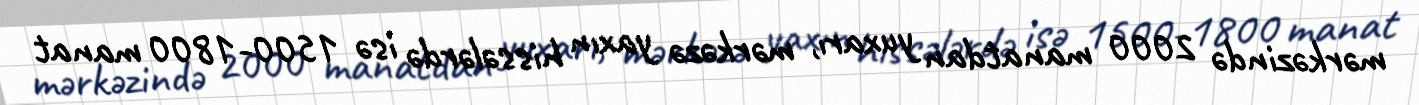
mərkəzində 2000 manatdan yuxarı, mərkəzə yaxın hissələrdə isə 1500-1800 manat